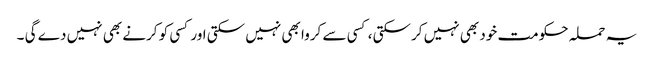
یہ حملہ حکومت خود بھی نہیں کرسکتی ، کسی سے کروا بھی نہیں سکتی اور کسی کو کرنے بھی نہیں دے گی ۔